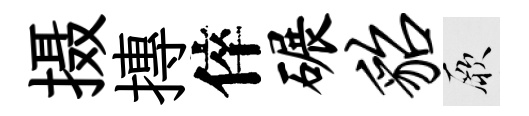
摄摶倅碾貂厥